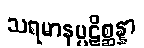
သရမာနပ္ပဋိစ္ဆန္နာ